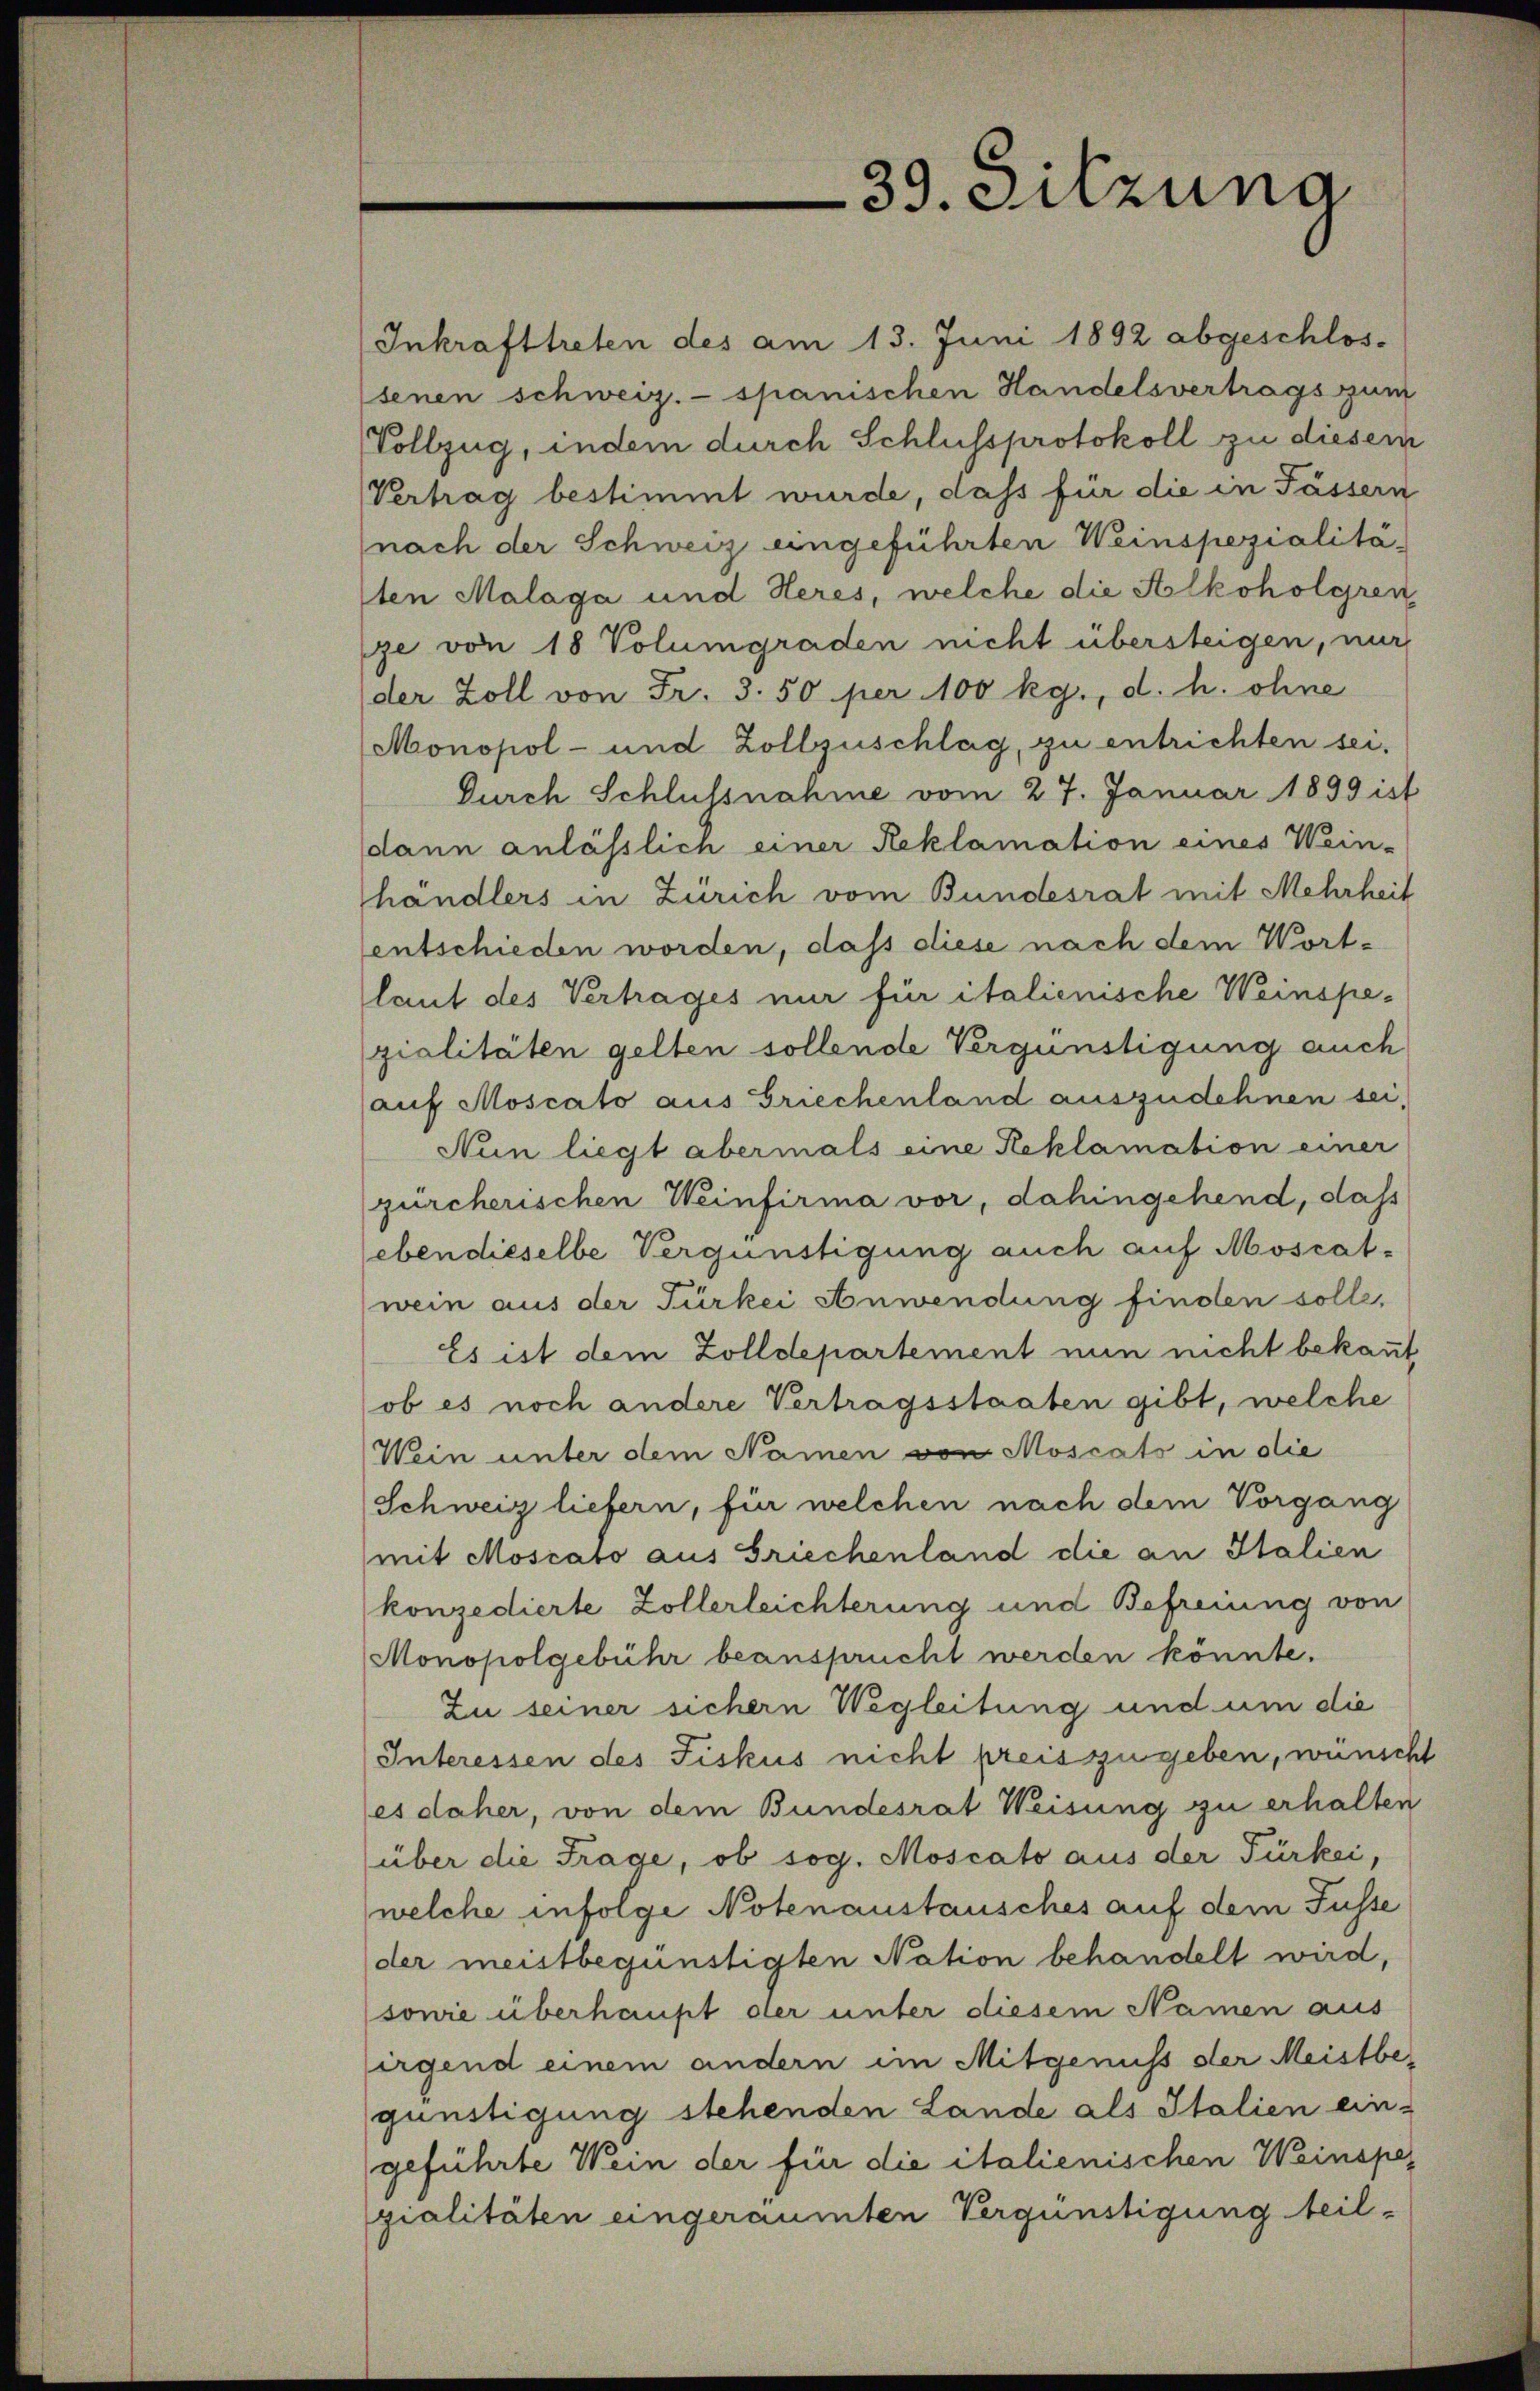
Inkrafttreten des am 13. Juni 1892 abgeschlossenen schweiz.- spanischen Handelsvertrags zum
Vollzug, indem durch Schlussprotokoll zu diesem
Vertrag bestimmt wurde, dass für die in Fässern
nach der Schweiz eingeführten Weinspezialitäten Malaga und Heres, welche die Alkoholgren
ge von 18 Volumgraden nicht übersteigen, nur
der Zoll von Fr. 3. 50 per 100 kg., d. h. ohne
Monopol- und Zollzuschlag, zu entrichten sei,
Durch Schlussnahme vom 27. Januar 1899 ist
dann anlässlich einer Reklamation eines Wein-
händlers in Zürich vom Bundesrat mit Mehrheit
entschieden worden, dass diese nach dem Wortlaut des Vertrages nur für italienische Weinspegialitäten gelten sollende Vergünstigung auch
auf Moscato aus Griechenland auszudehnen sei,
Nun liegt abermals eine Reklamation einer
zürcherischen Weinfirma vor, dahingehend, daß
ebendieselbe Vergünstigung auch auf Moscat-
wein aus der Türkei Anwendung finden solle,
Es ist dem Zolldepartement nun nicht bekant
ob es noch andere Vertragsstaaten gibt, welche
Wein unter dem Namen von Moscats in die
Schweiz liefern, für welchen nach dem Vorgang
mit Moscato aus Griechenland die an Italien
konzedierte Zollerleichterung und Befreiung von
Monopolgebühr beansprucht werden könnte.
Zu seiner sichern Wegleitung und um die
Interessen des Fiskus nicht preiszugeben, wünscht
es daher, von dem Bundesrat Weisung zu erhalten
über die Frage, ob sog. Moscato aus der Türkei,
welche infolge Notenaustausches auf dem Fusse
der meistbegünstigten Nation behandelt wird,
sowie überhaupt der unter diesem Namen aus
irgend einem andern im Mitgenuss der Meistbegünstigung stehenden Lande als Italien eingeführte Wein der für die italienischen Weinspegialitäten eingeräumten Vergünstigung teil-

39. Sitzung